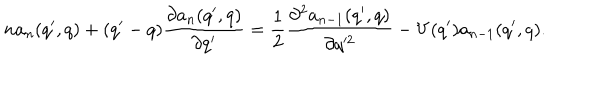
n a _ { n } ( q ^ { \prime } , q ) + ( q ^ { \prime } - q ) \frac { \partial a _ { n } ( q ^ { \prime } , q ) } { \partial q ^ { \prime } } = \frac { 1 } { 2 } \frac { \partial ^ { 2 } a _ { n - 1 } ( q ^ { \prime } , q ) } { \partial q ^ { 2 } } - V ( q ^ { \prime } ) a _ { n - 1 } ( q ^ { \prime } , q ) .